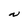
Character: N